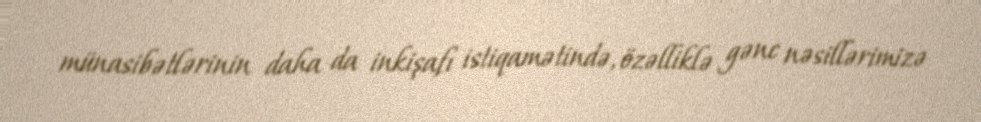
münasibətlərinin daha da inkişafı istiqamətində, özəlliklə gənc nəsillərimizə